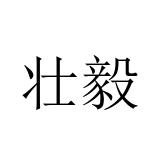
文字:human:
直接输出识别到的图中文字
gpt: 壮毅